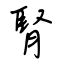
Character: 腎